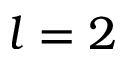
l = 2